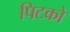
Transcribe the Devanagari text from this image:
पिटको